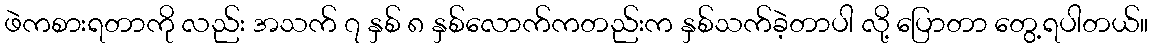
ဖဲကစားရတာကို လည်း အသက် ၇ နှစ် ၈ နှစ်လောက်ကတည်းက နှစ်သက်ခဲ့တာပါ လို့ ပြောတာ တွေ့ရပါတယ်။